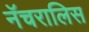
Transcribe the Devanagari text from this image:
नॅचरालिस